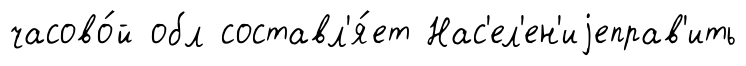
часово́й обл составл'я́ет Нас'ел'ен'иjеправ'ить